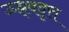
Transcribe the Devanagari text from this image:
ऊध्र्ववृत्त